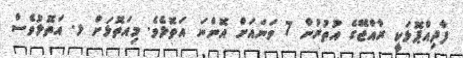
ފާދިއްޕޮޅަކީ ރާއްޖޭގެ އުތުރުން 7 ވަނައަށް އޮންނަ އަތޮޅެވެ. މިއަތޮޅަށް ޅ. އަތޮޅުވެސް